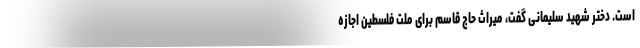
است. دختر شهید سلیمانی گفت، میراث حاج قاسم برای ملت فلسطین اجازه